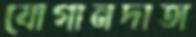
যোগানদাতা